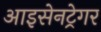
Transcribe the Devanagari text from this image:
आइसेनट्रेगर